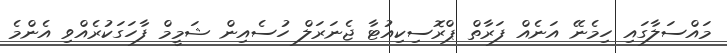
މައްސަލާގައި ހިމެނޭ އަނެއް ފަރާތް ޕްރޮސިކިއުޓާ ޖެނަރަލް ހުސެއިން ޝަމީމް ފާހަގަކުރެއްވި އެންމެ